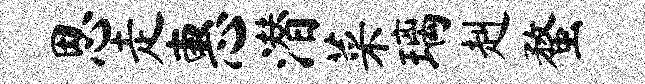
思走惠潜菜璃赳蝥